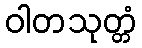
ဝါတသုတ္တံ